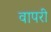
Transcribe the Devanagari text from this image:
वापरी